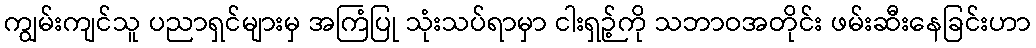
ကျွမ်းကျင်သူ ပညာရှင်များမှ အကြံပြု သုံးသပ်ရာမှာ ငါးရှဉ့်ကို သဘာဝအတိုင်း ဖမ်းဆီးနေခြင်းဟာ